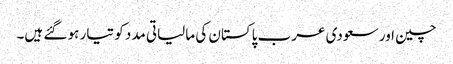
چین اور سعودی عرب پاکستان کی مالیاتی مدد کو تیار ہو گئے ہیں۔